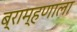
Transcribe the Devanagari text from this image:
ब्राम्हणाला